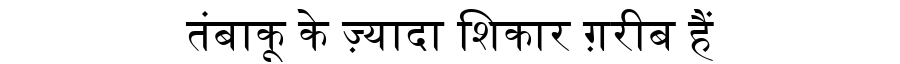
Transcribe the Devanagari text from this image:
तंबाकू के ज़्यादा शिकार ग़रीब हैं